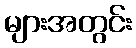
များအတွင်း